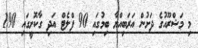
މި މަޝްރޫއުގެ ދަށުން އަަރަބިއްޔާ ބިމުގައި 90 ފްލެޓް އަދި ގާކޮށީގައި 190